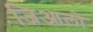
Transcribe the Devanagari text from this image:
जिआलो